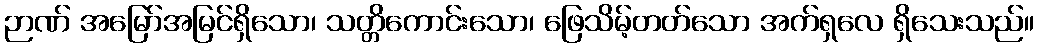
ဉာဏ် အမြော်အမြင်ရှိသော၊ သတ္တိကောင်းသော၊ ဖြေသိမ့်တတ်သော အက်ရှလေ ရှိသေးသည်။